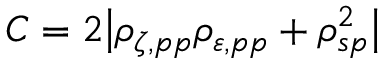
C = 2 \big | \rho _ { \zeta , p p } \rho _ { \varepsilon , p p } + \rho _ { s p } ^ { 2 } \big |